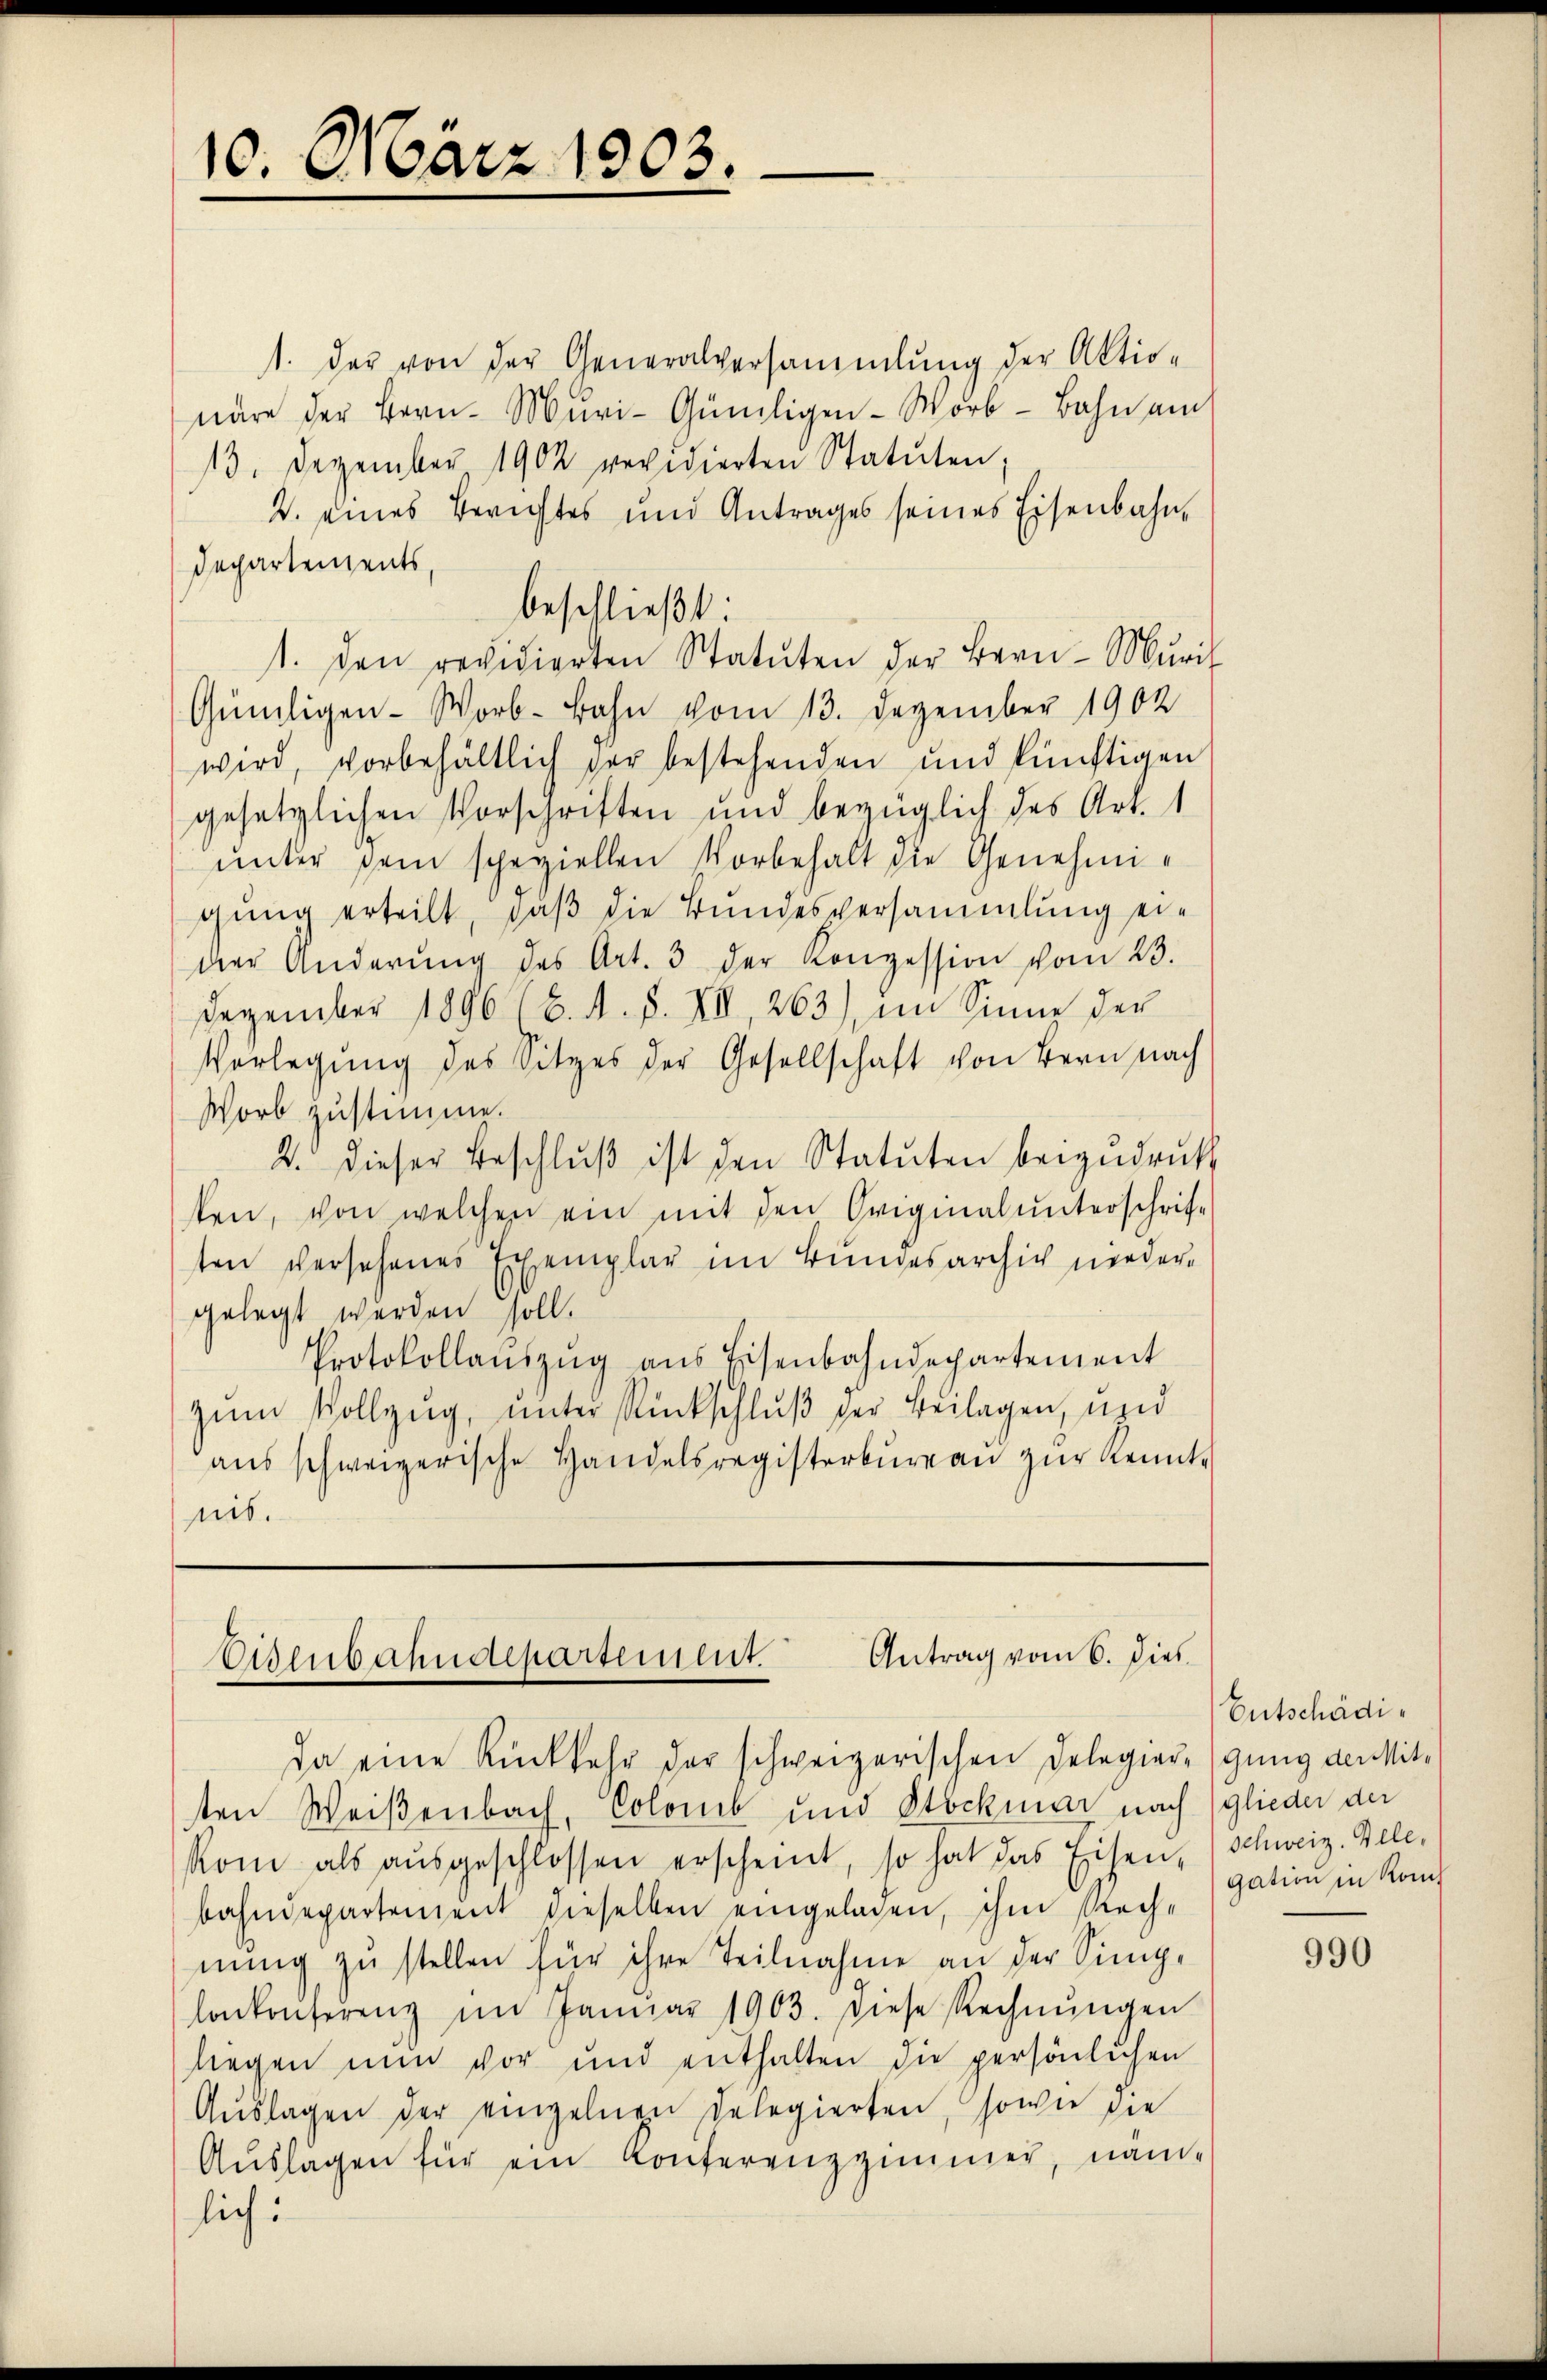
1. der von der Generalversammlung der Aktio-
wäre der Bern- Muri-Güniligen-Worb - Bahn am
13. Dezember 1902 revidierten Statuten,
V. eines Berichtes und Antrages seines Eisenbahn¬
Dechartements,
beschließt:
Günligen-Worb-Bahn vom 13. Dezember 1902
wird, vorbehältlich der bestehenden und künftigen
gesetzlichen Vorschriften und bezüglich des Art. 1
unter sein speziellen Vorbehalt die Genehmigung erteilt, daß die Bundesversammlung eider Änderŭng des Art. 3 der Konzession vom 23.
Dezember 1896 (8. A. S. XII, 263), im Sinne der
Verlegung des Sitzes der Gesellschaft von Bern nach
Worb zustimme.
2. dieser Beschlŭβ ist den Statuten beizudruck
sten, von welchen ein mit den Originalunterschrif-
ten versehenes Exemplar im Bundesarchiv niedergelegt werden soll.
Protokollaŭszŭg ans Eisenbahndepartement
zum Vollzug, unter Rückschluß der Beilagen, und
aŭs schweizerische Handelsregisterbüreaŭ zŭr Kennt-
nit.

10. März 1803.

t. Den revidierten Statuten der Bern- Mŭri-

Eisenbahndepartement. Antrag vom 6. dies

da eine Rückkehr der schweizerischen Delegieregung der Mit-
sten Weißenbach, Colomb und Stockmar nach (glieder der
Rom als aŭsgeschlossen erscheint, so hat das Eisen-
bahndepartement dieselben eingelagen, ihm Rechnŭng zŭ stellen für ihre Teilnahme an der Simig-
lokonferenz im Janŭar 1903. Diese Rechnŭngen
liegen nun vor und enthalten die persönlichen
Aŭslagen der einzelnen Delegierten, sowie die
Aŭslagen für ein Konferenzzimmer, näm-
lich:

Entschädi¬
Schweiz. Alle,
gation in Kom¬

990